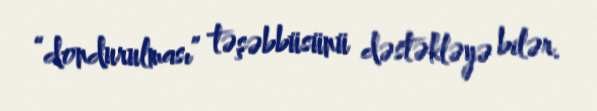
“dondurulması” təşəbbüsünü dəstəkləyə bilər.